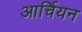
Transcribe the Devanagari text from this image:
आर्चियन